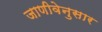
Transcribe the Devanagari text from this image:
जाणीवेनुसार